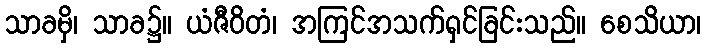
သာခမှိ၊ သာခ၌။ ယံဇီဝိတံ၊ အကြင်အသက်ရှင်ခြင်းသည်။ စေသိယာ၊